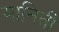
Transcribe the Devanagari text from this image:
मानिती